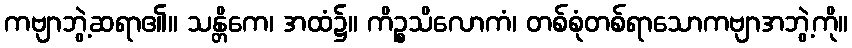
ကဗျာဘွဲ့ဆရာ၏။ သန္တိကေ၊ အထံ၌။ ကိဉ္စသိလောကံ၊ တစ်စုံတစ်ရာသောကဗျာအဘွဲ့ကို။